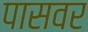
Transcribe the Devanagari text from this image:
पासवर